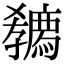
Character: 𡦭